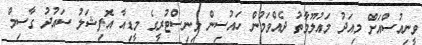
ވީނިއުސްއަށް މިއަދު މައުލޫމާތު ދެއްވަމުން ހައުސިން މިނިސްޓުރީގެ މީޑިއާ އޮފިޝަލު ސައުދު ގާސިމް